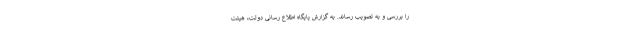
را بررسی و به تصویب رساند. به گزارش پایگاه اطلاع رسانی دولت، هیئت